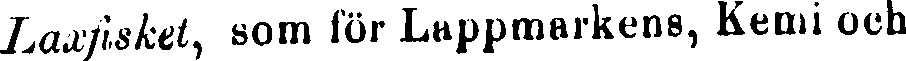
Laxfisket, som för Lappmarkens, Kemi och